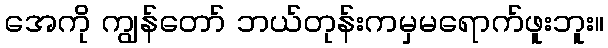
အေကို ကျွန်တော် ဘယ်တုန်းကမှမရောက်ဖူးဘူး။